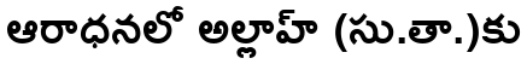
ఆరాధనలో అల్లాహ్ (సు.తా.)కు